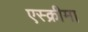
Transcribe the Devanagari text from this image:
एस्क्रीमा